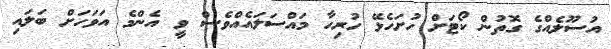
އުސޫލެއްގެ ގޮތުން ކޯޓަށް ހުށަހެޅޭ ހުރިހާ މައްސަލައެއްވެސް ވީ އެންމެ އަވަހަށް ބަލައި